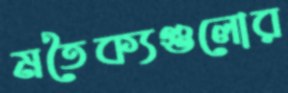
মতৈক্যগুলোর